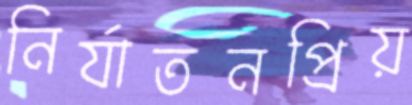
নির্যাতনপ্রিয়